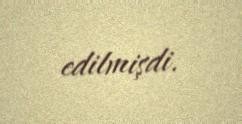
edilmişdi.